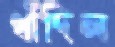
ধাঁদিল